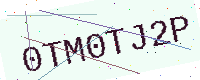
Text: 0TM0TJ2P